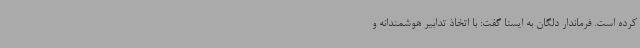
کرده است. فرماندار دلگان به ایسنا گفت: با اتخاذ تدابیر هوشمندانه و